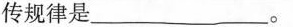
传规律是_______。